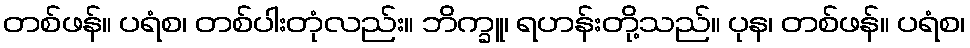
တစ်ဖန်။ ပရံစ၊ တစ်ပါးတုံလည်း။ ဘိက္ခူ၊ ရဟန်းတို့သည်။ ပုန၊ တစ်ဖန်။ ပရံစ၊